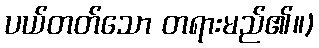
ပယ်တတ်သော တရားမည်၏။)